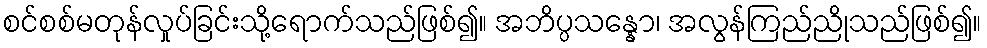
စင်စစ်မတုန်လှုပ်ခြင်းသို့ရောက်သည်ဖြစ်၍။ အဘိပ္ပသန္နော၊ အလွန်ကြည်ညိုသည်ဖြစ်၍။